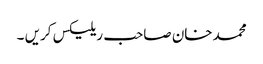
محمدخان صاحب ریلیکس کریں ۔